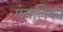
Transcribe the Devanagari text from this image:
एंजलिका